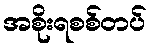
အစိုးရစစ်တပ်